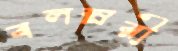
বলস্নরী